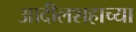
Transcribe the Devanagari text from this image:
आदीलशहाच्या